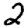
Digit: 2